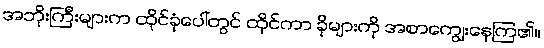
အဘိုးကြီးများက ထိုင်ခုံပေါ်တွင် ထိုင်ကာ ခိုများကို အစာကျွေးနေကြ၏။